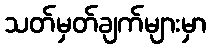
သတ်မှတ်ချက်များမှာ